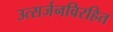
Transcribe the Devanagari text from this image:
उत्सर्जनविरहित